Document type: Sale
Year: 1423
Scribe: Joan Franc
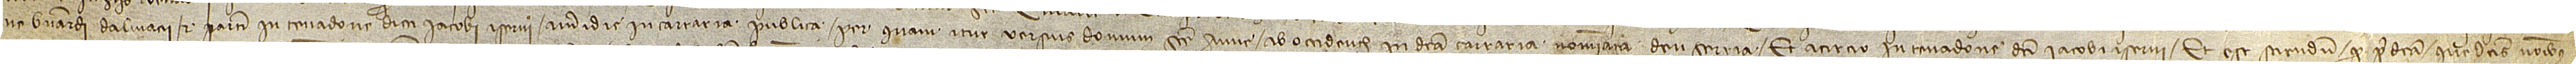
ne Bernardi Dalmacii, et partim in tenadone dicti Iacobi Iserni, a meridie in carraria publica per quam itur versus domum Sancte Anne, ab occidente in dicta carraria nominata d’en Sarrià, et a circio in tenadone dicti Iacobi Iserni. Et est sciendum quod predicta que dictis nominibus